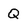
Character: Q